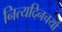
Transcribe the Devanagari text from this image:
नित्यदिनचर्या